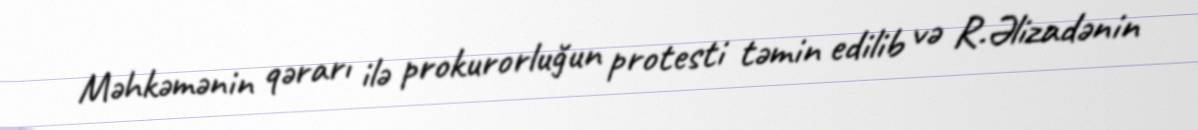
Məhkəmənin qərarı ilə prokurorluğun protesti təmin edilib və R.Əlizadənin